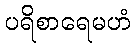
ပရိစာရေမဟံ